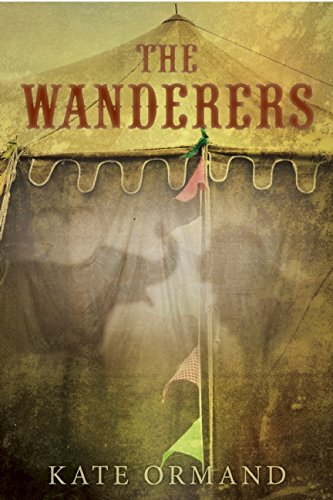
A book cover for The Wanderers; Kate Ormand; Teen & Young Adult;